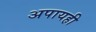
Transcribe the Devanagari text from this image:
अपायही